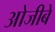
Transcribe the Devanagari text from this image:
ओजीबे